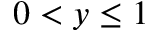
0 < y \leq 1